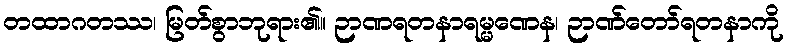
တထာဂတဿ၊ မြတ်စွာဘုရား၏။ ဉာဏရတနာရမ္မဏေန၊ ဉာဏ်တော်ရတနာကို